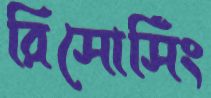
রিসোর্সিং